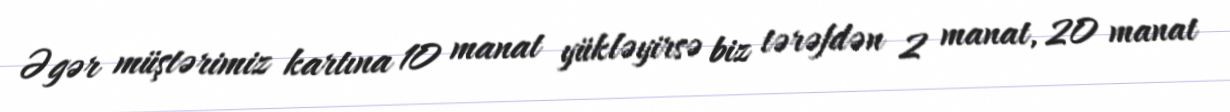
Əgər müştərimiz kartına 10 manat yükləyirsə biz tərəfdən 2 manat, 20 manat